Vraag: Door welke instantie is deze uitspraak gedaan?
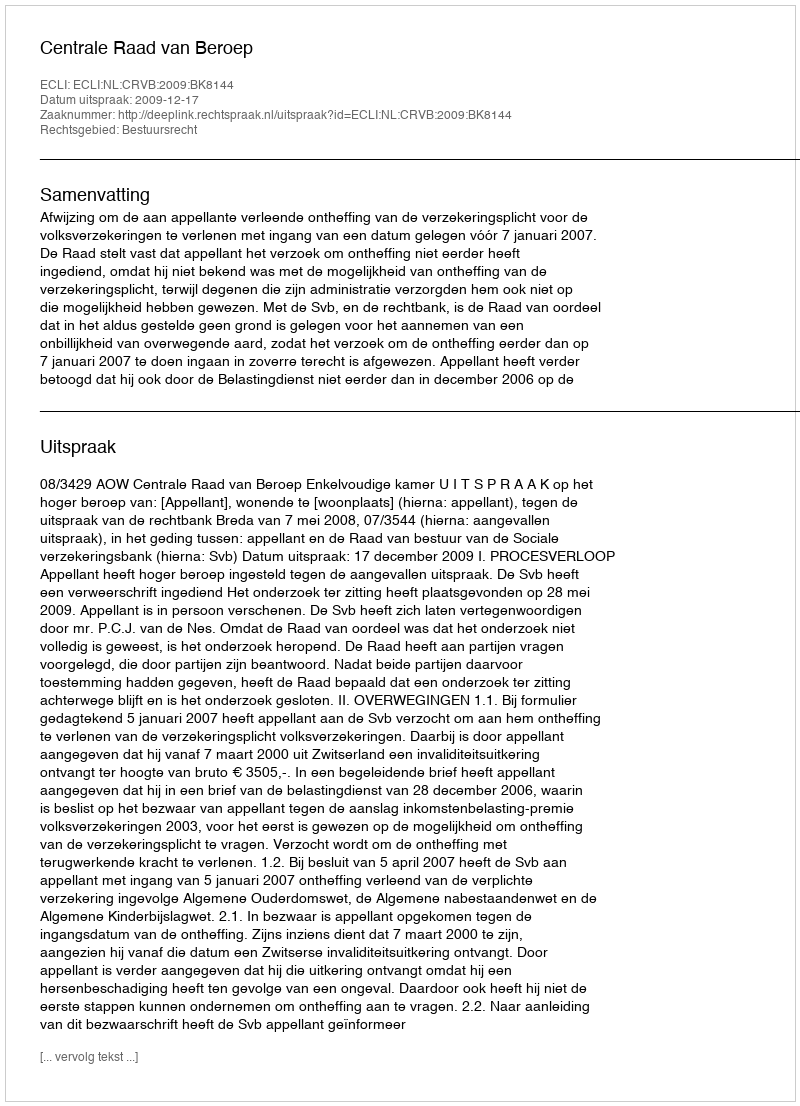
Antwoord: Centrale Raad van Beroep